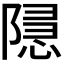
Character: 𮥚